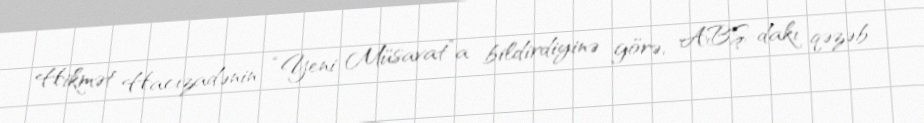
Hikmət Hacızadənin “Yeni Müsavat”a bildirdiyinə görə, ABŞ-dakı qəzəb